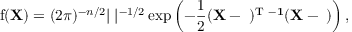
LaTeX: \operatorname { f } ( \mathbf { X } ) = ( 2 \pi ) ^ { - n / 2 } | \mathbf { \Sigma } | ^ { - 1 / 2 } \exp \left( - { \frac { 1 } { 2 } } \mathbf { ( X - \mu ) ^ { \mathrm { { T } } } \Sigma ^ { - 1 } ( X - \mu ) } \right) ,